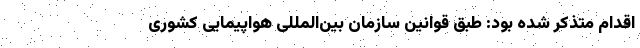
اقدام متذکر شده بود: طبق قوانین سازمان بین‌المللی هواپیمایی کشوری